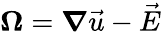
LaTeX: \boldsymbol{\Omega}=\boldsymbol{\nabla}\vec{u}-\vec{E}